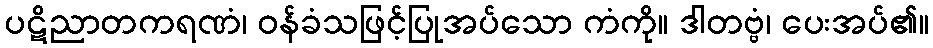
ပဋိညာတကရဏံ၊ ဝန်ခံသဖြင့်ပြုအပ်သော ကံကို။ ဒါတဗ္ဗံ၊ ပေးအပ်၏။